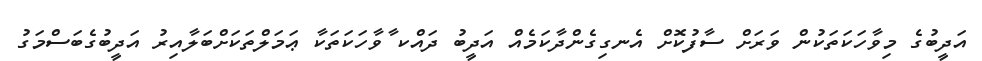
އަދީބުގެ މިވާހަކަތަކުން ވަރަށް ސާފުކޮށް އެނގިގެންދާކަމެއް އަދީބު ދައްކ ާވާހަކަތަކާ ޢަމަލްތަކަށްބަލާއިރު އަދީބުގެބަސްމަގު